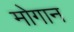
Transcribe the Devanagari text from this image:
मोगान